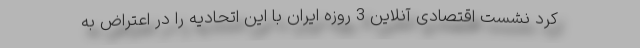
کرد نشست اقتصادی آنلاین 3 روزه ایران با این اتحادیه را در اعتراض به